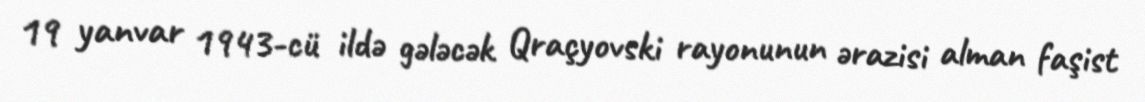
19 yanvar 1943-cü ildə gələcək Qraçyovski rayonunun ərazisi alman faşist